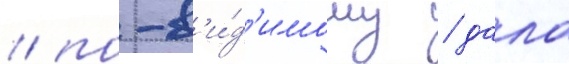
/ по-в'и́д'имому / дала